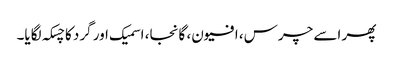
پھر اسے چرس، افیون، گانجا، اسمیک اور گرد کا چسکہ لگایا۔